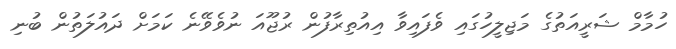
ހުމާމް ޝަރީއަތުގެ މަޖިލީހުގައި ވެފައިވާ އިއުތިރާފުން ރުޖޫއަ ނުވެވޭނެ ކަމަށް ދައުލަތުން ބުނި